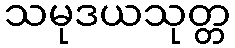
သမုဒယသုတ္တ